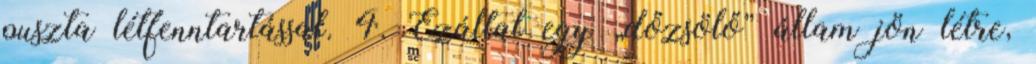
puszta létfenntartással. 4. Ezáltal egy „dőzsölő” állam jön létre,